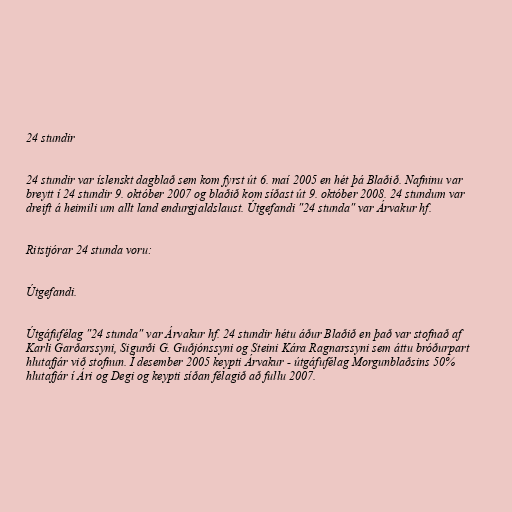
24 stundir

24 stundir var íslenskt dagblað sem kom fyrst út 6. maí 2005 en hét þá Blaðið. Nafninu var
breytt í 24 stundir 9. október 2007 og blaðið kom síðast út 9. október 2008. 24 stundum var
dreift á heimili um allt land endurgjaldslaust. Útgefandi "24 stunda" var Árvakur hf.

Ritstjórar 24 stunda voru:

Útgefandi.

Útgáfufélag "24 stunda" var Árvakur hf. 24 stundir hétu áður Blaðið en það var stofnað af
Karli Garðarssyni, Sigurði G. Guðjónssyni og Steini Kára Ragnarssyni sem áttu bróðurpart
hlutafjár við stofnun. Í desember 2005 keypti Árvakur - útgáfufélag Morgunblaðsins 50%
hlutafjár í Ári og Degi og keypti síðan félagið að fullu 2007.